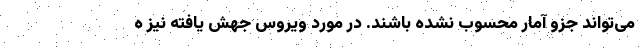
می‌تواند جزو آمار محسوب نشده باشند. در مورد ویروس جهش یافته نیز ه